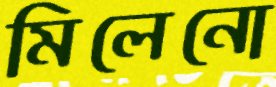
মিলেনো